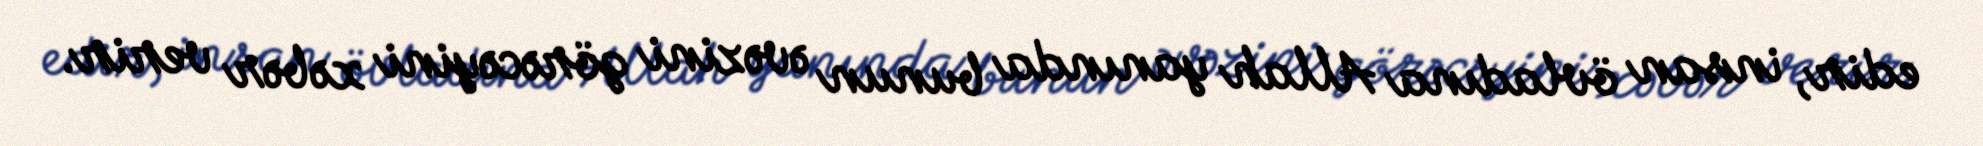
edir, insan övladına Allah yanında bunun əvəzini görəcəyini xəbər verir.